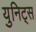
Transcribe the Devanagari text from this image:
युनिट्स